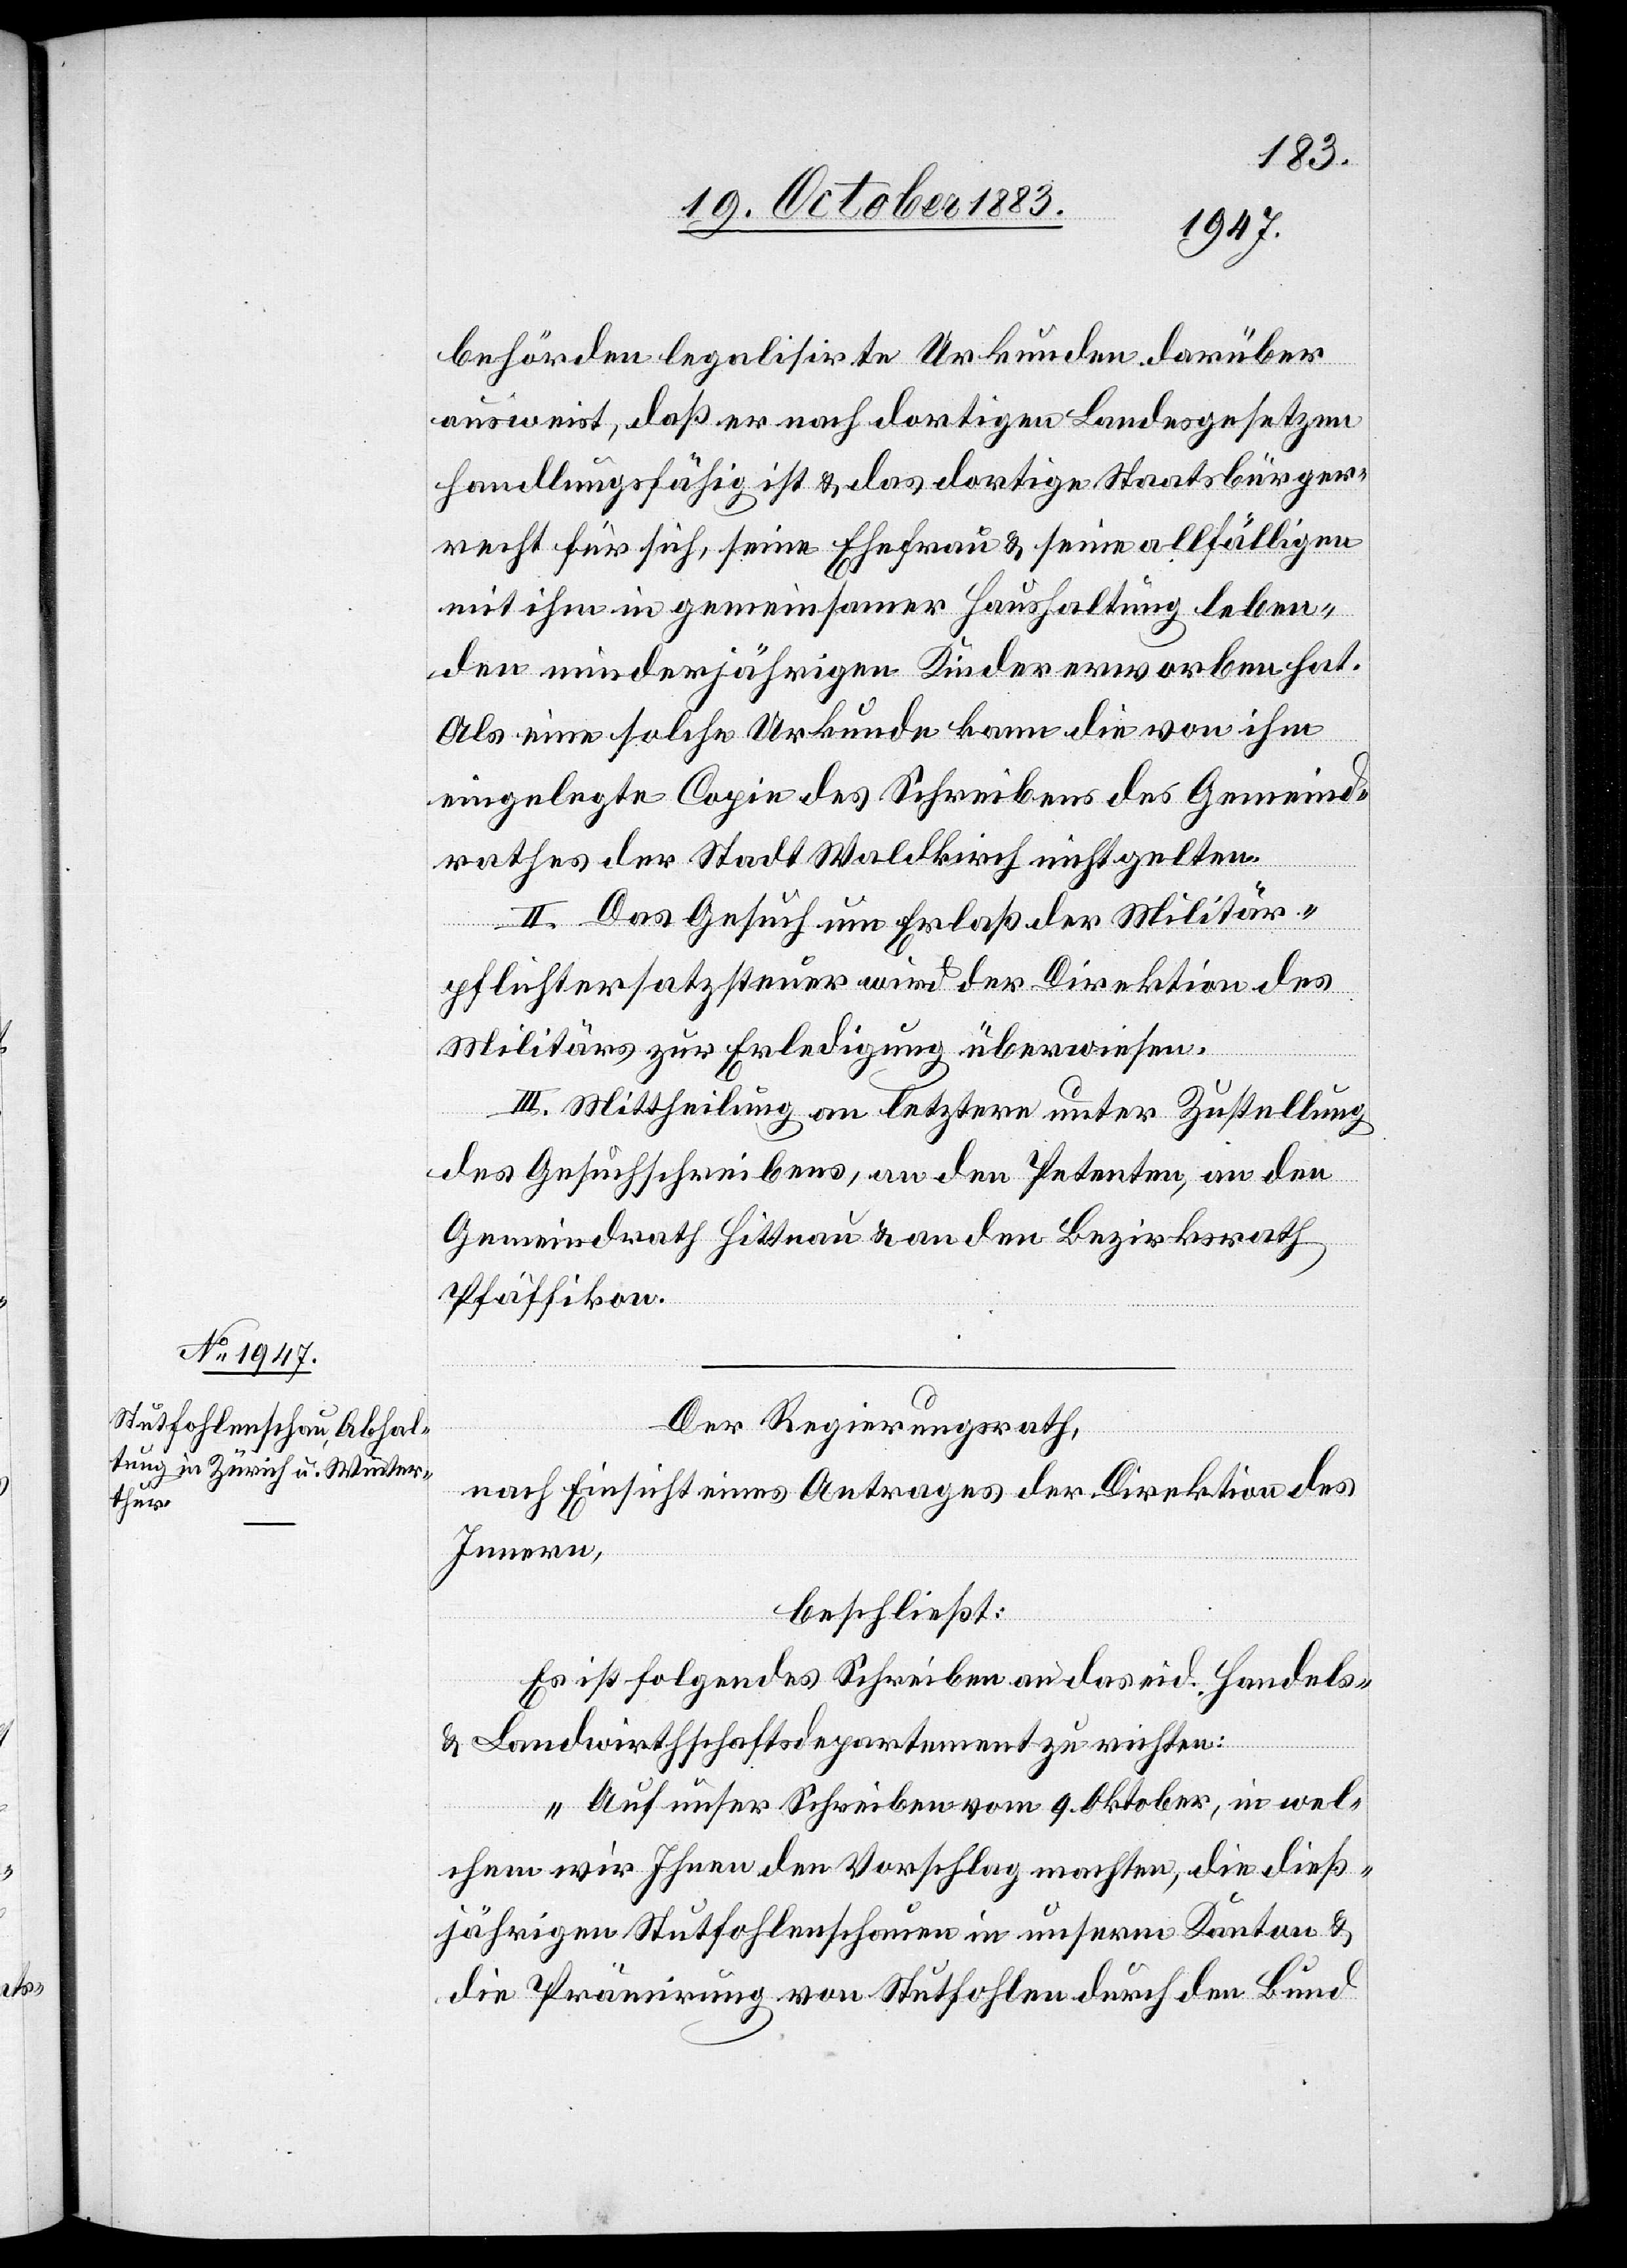
behörden legalisirte Urkunden darüber
ausweist, daß er nach dortigen Landgesetzen
handlungsfähig ist & das dortige Staatsbürger¬
recht für sich, seine Ehefrau & seine allfälligen
mit ihm in gemeinsamer Haushaltung leben¬
den minderjährigen Kinder erworben hat.
Als eine solche Urkunde kann die von ihm
eingelegte Copie des Schreibens des Gemeind¬
rathes der Stadt Waldkirch nicht gelten.
II. Das Gesuch um Erlaß der Militär¬
pflichtersatzsteuer wird der Direktion des
Militärs zur Erledigung überwiesen.
III. Mittheilung an letztern unter Zustellung
des Gesuchschreibers, an den Petenten, an den
Gemeindrath Hittnau & an den Bezirksrath
Pfäffikon.
Der Regierungsrath,
nach Einsicht eines Antrages der Direktion des
Innern,
beschließt:
Es ist folgendes Schreiben an das eid. Handels-
& Landwirthschaftsdepartement zu richten:
„Auf unser Schreiben vom 9. Oktober, in wel¬
chem wir Ihnen den Vorschlag machten, die dieß¬
jährigen Stutfohlenschauen in unserm Kanton &
die Prämirung von Stutfohlen durch den Bund